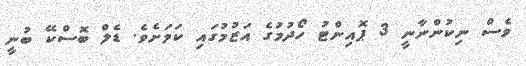
ވެސް ނިކުންނާނީ 3 ޕޮއިންޓު ހޯދުމުގެ އަޒުމުގައި ކަމަށެވެ. ޑެލް ބޮސްކޭ ބުނީ